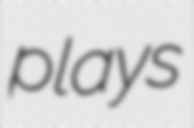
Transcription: plays